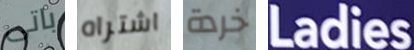
باتى اشتراه خردة Ladies